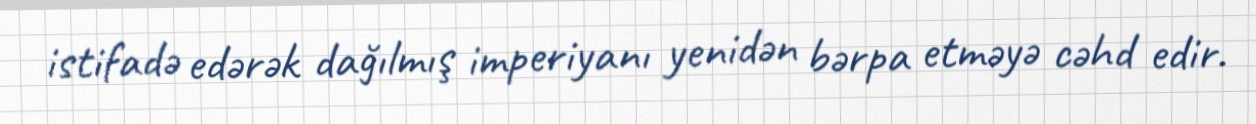
istifadə edərək dağılmış imperiyanı yenidən bərpa etməyə cəhd edir.